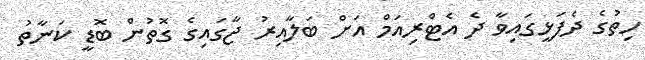
ހިތުގެ ދެފަޅީގައިވާ ދެ އެޓްރިއަމް އަށް ބަލާއިރު ޖާގައިގެ ގޮތުން ބޮޑީ ކަނާތު